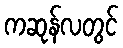
ကဆုန်လတွင်